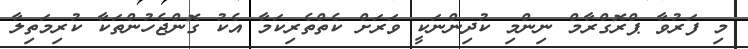
މި ފަރުވާ ޕްރޮގްރާމް ނިންމި ކުދިންނަކީ ވަރަށް ކެތްތެރިކަމާ އެކު ގޮންޖެހުންތަކާ ކުރިމަތިލާ